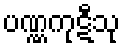
ပဏ္ဏကုဋီသု